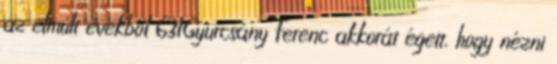
az elmúlt évekből 631Gyurcsány Ferenc akkorát égett, hogy nézni